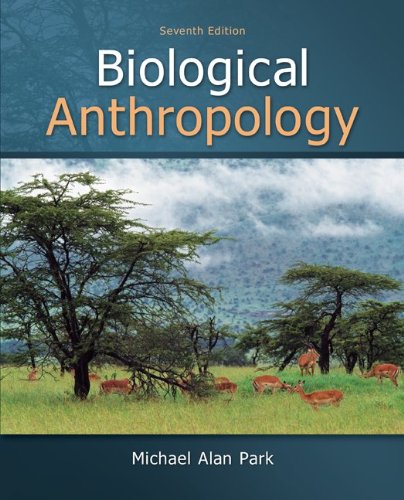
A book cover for Biological Anthropology; Michael Park; Politics & Social Sciences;